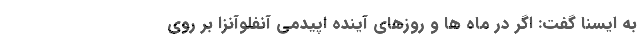
به ایسنا گفت: اگر در ماه ها و روزهای آینده اپیدمی آنفلوآنزا بر روی